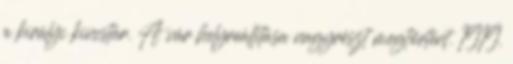
a királyi kincstár. A vár helyreállítása nagyrészt megtörtént. 1919.